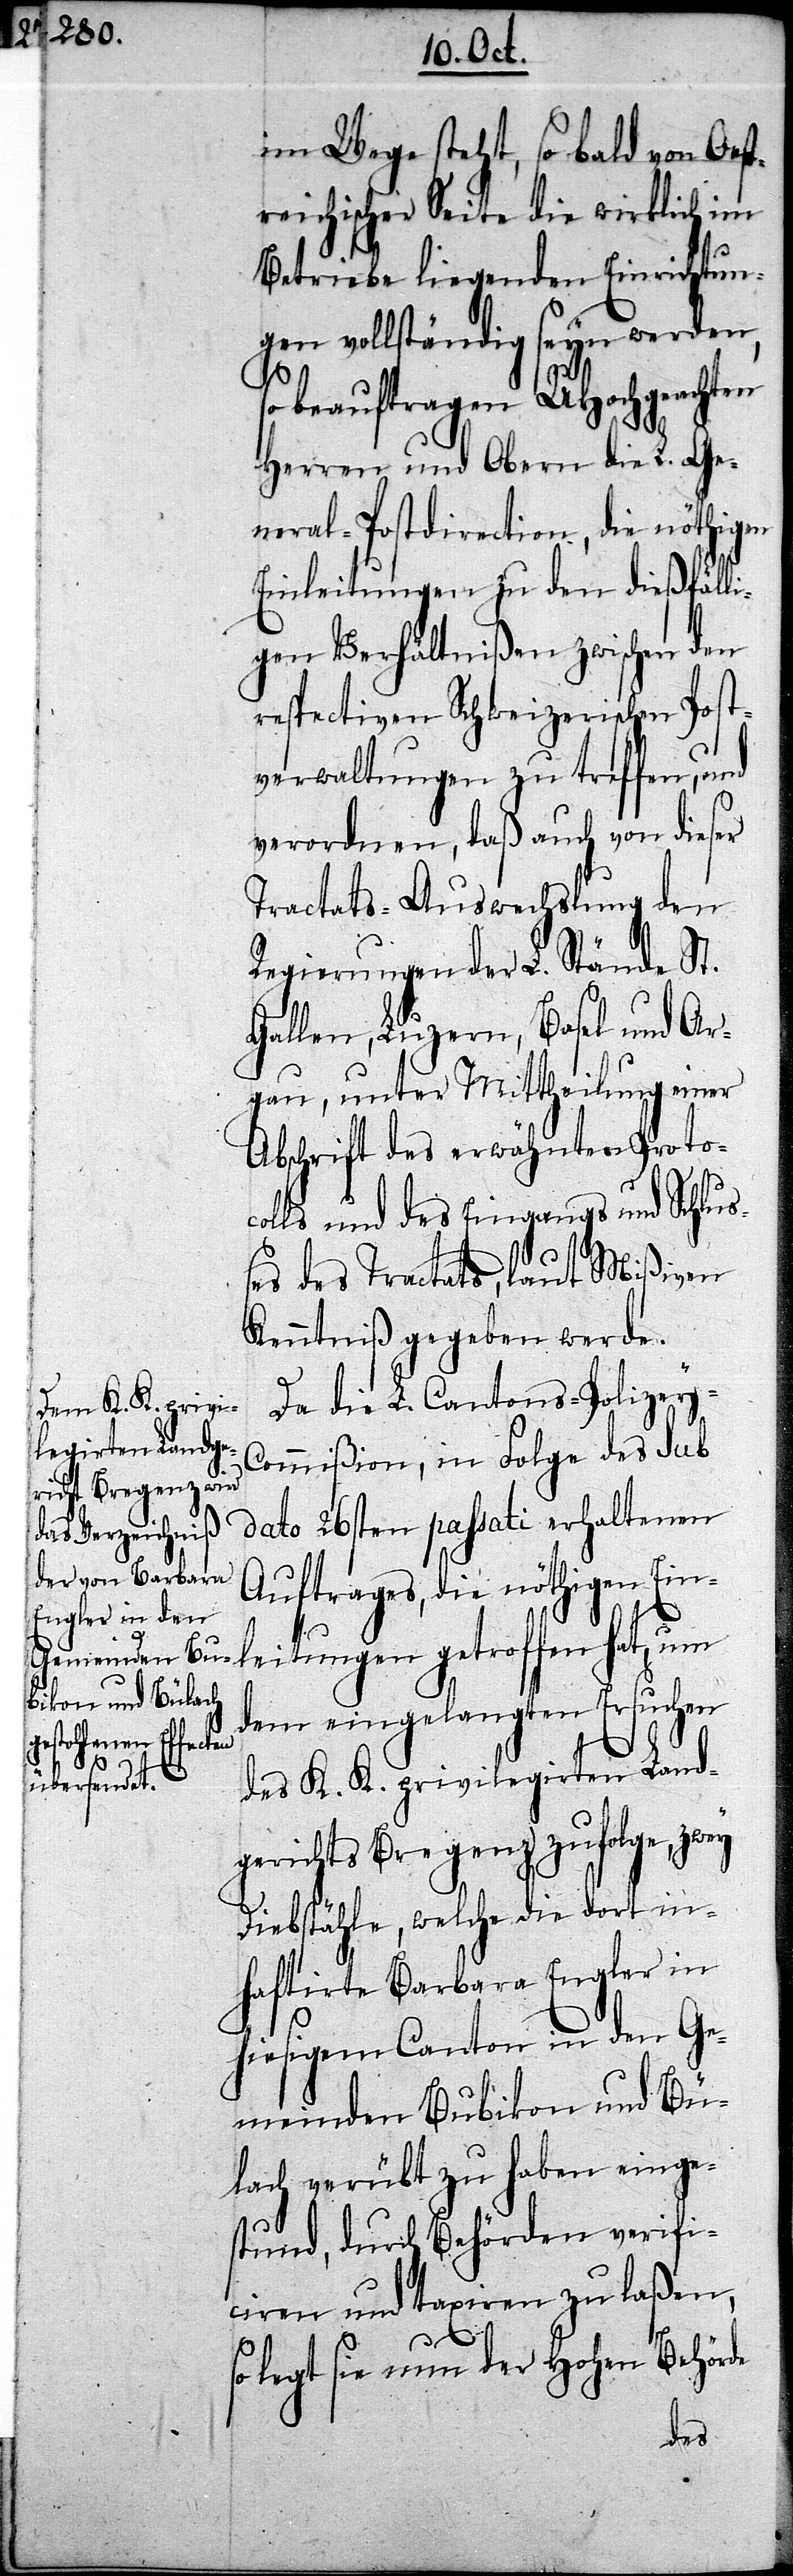
im Wege steht, so bald von Oest¬
reichischer Seite die wirklich im
Betriebe liegenden Einrichtun¬
gen vollständig seyn werden,
so beauftragen UHochgeachten
Herren und Obern die L. Ge¬
neral-Postdirection, die nöthigen
Einleitungen zu den dießfälli¬
gen Verhältnißen zwischen den
respectiven Schweizerischen Post¬
verwaltungen zu treffen, und
verordnen, daß auch von dieser
Tractats-Auswechslung den
Regierungen der L. Stände St.
Gallen, Luzern, Basel und Ar¬
gau, unter Mittheilung einer
Abschrift des erwähnten Protoc¬
olls und des Eingangs und Schlu¬
ßes des Tractats, laut Mißiven
Kenntniß gegeben werde.
Da die L. Cantons-Polizey-C¬
ommißion, in Folge des sub
dato 26sten passati erhaltenen
Auftrages, die nöthigen Ei¬
nleitungen getroffen hat, um
dem eingelangten Ersuchen
des K. K. privilegirten Land¬
gerichts Bregenz zufolge, zwey
Diebstähle, welche die dort in¬
haftirte Barbara Engler in
hiesigem Canton in den Ge¬
meinden Bubikon und Bü¬
lach verübt zu haben einge¬
stund, durch Behörden verifi¬
ciren und taxiren zu laßen,
legt sie nun der Hohen Behörde